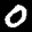
Label: 0